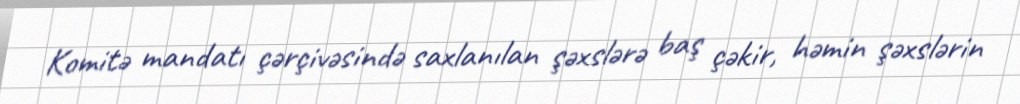
Komitə mandatı çərçivəsində saxlanılan şəxslərə baş çəkir, həmin şəxslərin